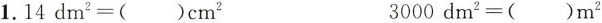
1.$$1 4 d m ^ { 2 } =$$()cm^{2} $$3 0 0 0 d m ^ { 2 } =$$()m^{2}